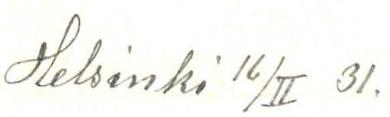
Helsinki 16/II 31,